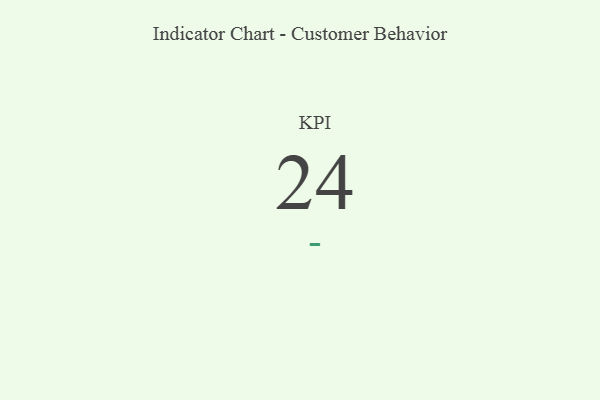
{"axis": {"x": "KPI", "y": "Value"}, "legend": [""], "data": [{"x": "KPI", "y": 24, "type": ""}]}